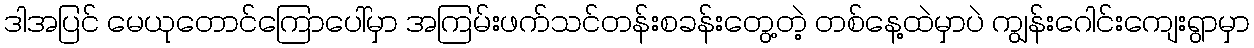
ဒါအပြင် မေယုတောင်ကြောပေါ်မှာ အကြမ်းဖက်သင်တန်းစခန်းတွေ့တဲ့ တစ်နေ့ထဲမှာပဲ ကျွန်းဂေါင်းကျေးရွာမှာ